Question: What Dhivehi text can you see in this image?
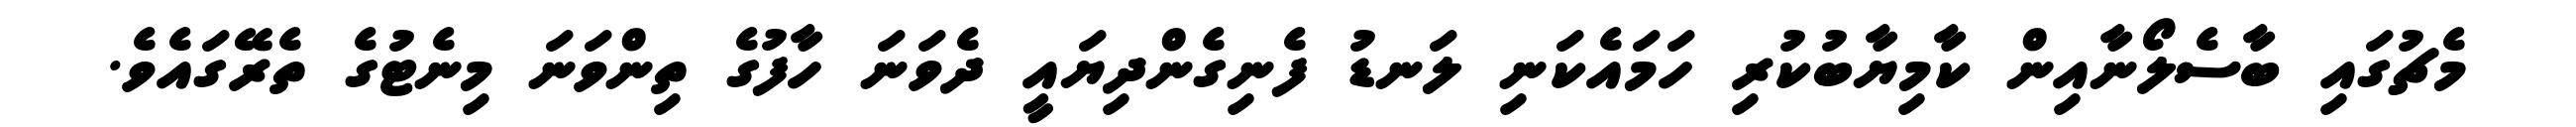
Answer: މެޗުގައި ބާސެލޯނާއިން ކާމިޔާބުކުރި ހަމައެކަނި ލަނޑު ފެނިގެންދިޔައީ ދެވަނަ ހާފުގެ ތިންވަނަ މިނެޓުގެ ތެރޭގައެވެ.